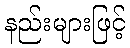
နည်းများဖြင့်